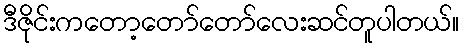
ဒီဇိုင်းကတော့တော်တော်လေးဆင်တူပါတယ်။